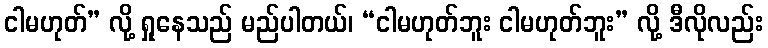
ငါမဟုတ်” လို့ ရှုနေသည် မည်ပါတယ်၊ “ငါမဟုတ်ဘူး ငါမဟုတ်ဘူး” လို့ ဒီလိုလည်း